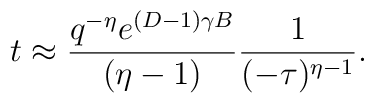
t \approx \frac{q^{-\eta} e^{(D-1) \gamma B}}{(\eta-1)}\frac{1}{(-\tau)^{\eta-1}}.